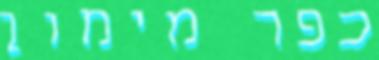
כפר מימון